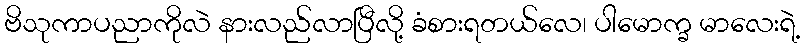
ဗိသုကာပညာကိုလဲ နားလည်လာပြီလို့ ခံစားရတယ်လေ၊ ပါမောက္ခ မာလေးရဲ့